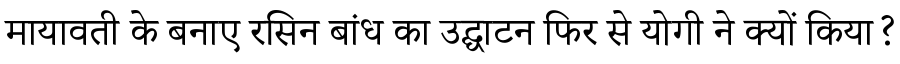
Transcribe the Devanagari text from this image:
मायावती के बनाए रसिन बांध का उद्घाटन फिर से योगी ने क्यों किया?